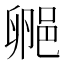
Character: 𬪁